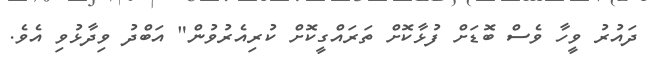
ދައުރު ވީހާ ވެސް ބޮޑަށް ފުޅާކޮށް ތަރައްގީކޮށް ކުރިއެރުވުން" އަބްދު ވިދާޅުވި އެވެ.